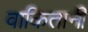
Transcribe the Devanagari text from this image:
वाकितानी